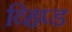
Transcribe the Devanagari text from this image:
व्हिप्ड